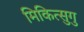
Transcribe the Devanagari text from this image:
मिकित्सुगु